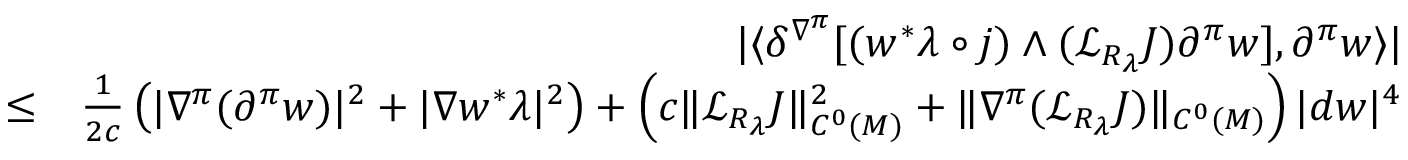
\begin{array} { r l r } & { } & { | \langle \delta ^ { \nabla ^ { \pi } } [ ( w ^ { * } \lambda \circ j ) \wedge ( { \mathcal L } _ { R _ { \lambda } } J ) \partial ^ { \pi } w ] , \partial ^ { \pi } w \rangle | } \\ & { \leq } & { \frac { 1 } { 2 c } \left( | \nabla ^ { \pi } ( \partial ^ { \pi } w ) | ^ { 2 } + | \nabla w ^ { * } \lambda | ^ { 2 } \right) + \left( c \| { \mathcal L } _ { R _ { \lambda } } J \| _ { C ^ { 0 } ( M ) } ^ { 2 } + \| \nabla ^ { \pi } ( { \mathcal L } _ { R _ { \lambda } } J ) \| _ { C ^ { 0 } ( M ) } \right) | d w | ^ { 4 } } \end{array}